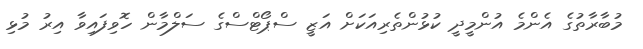
މުބާރާތުގެ އެންމެ އުންމީދީ ކުޅުންތެރިއަކަށް އަޒީ ސްޕޯޓްސްގެ ސަލްމާން ހޮވިފައިވާ އިރު މުޅި